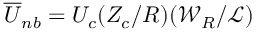
\overline { { U } } _ { n b } = U _ { c } ( Z _ { c } / R ) ( { \mathcal { W } _ { R } } / { \mathscr { L } } )